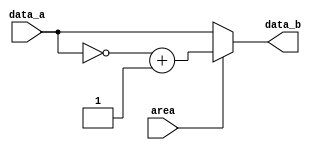
////////////////////////////////////////////////////////////////////////////////
// Company: zju
////////////////////////////////////////////////////////////////////////////////

module Data_process(area,data_a,data_b);
	input area;
	input [15:0] data_a;
	output reg [15:0] data_b;
	
	always @(area,data_a,data_b) begin
		if(area==1) data_b = ~data_a[15:0]+1;
		else data_b = data_a[15:0];
	end
endmodule